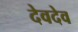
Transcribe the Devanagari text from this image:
देवदेव